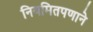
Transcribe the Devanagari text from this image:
नियमितपणाने